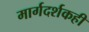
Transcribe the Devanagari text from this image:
मार्गदर्शकही